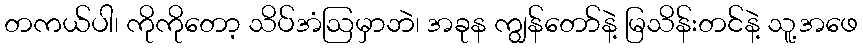
တကယ်ပါ၊ ကိုကိုတော့ သိပ်အံဩမှာဘဲ၊ အခုန ကျွန်တော်နဲ့ မြသိန်းတင်နဲ့ သူ့အဖေ